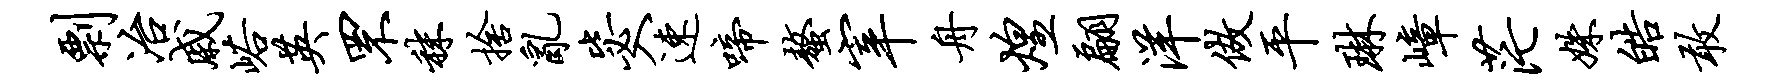
剽冶戚峪英罘秣舍乱毖入速啼螯宰舟煌翩洋做平琳嶂茫姝皓敢